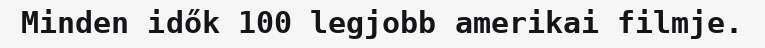
Minden idők 100 legjobb amerikai filmje.